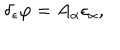
\delta _ { \epsilon } \varphi = A _ { \alpha } \epsilon _ { \alpha } ,